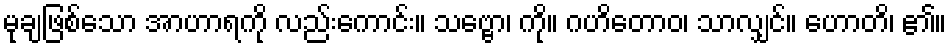
မုချဖြစ်သော အာဟာရကို လည်းကောင်း။ သဗ္ဗော၊ ကို။ ဂဟိတောဝ၊ သာလျှင်။ ဟောတိ၊ ၏။